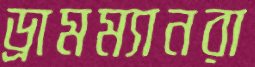
ড্রামম্যানরা